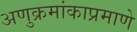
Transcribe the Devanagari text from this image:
अणुक्रमांकाप्रमाणे